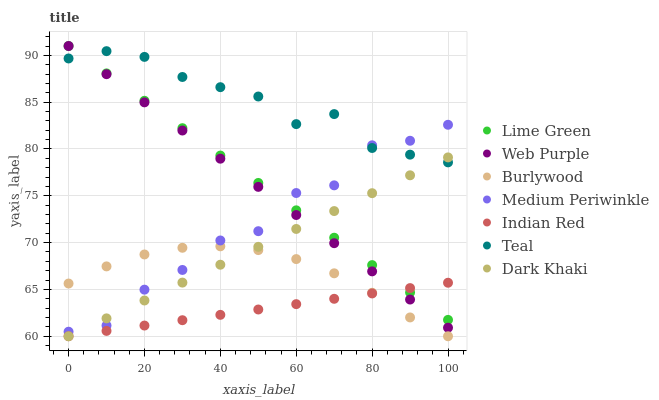
| xaxis_label | Lime Green | Web Purple | Burlywood | Medium Periwinkle | Indian Red | Teal | Dark Khaki |
 | --- | --- | --- | --- | --- | --- | --- | --- |
 | 0 | 91 | 91 | 65.6 | 60.5 | 60 | 89.7 | 60 |
 | 10 | 88.1 | 88 | 67.5 | 61.1 | 60.6 | 90.5 | 61.9 |
 | 20 | 85.1 | 85 | 68.7 | 65 | 61.1 | 89.8 | 63.8 |
 | 30 | 82.2 | 82 | 69.4 | 67.1 | 61.7 | 87.7 | 65.7 |
 | 40 | 79.3 | 79 | 69.6 | 70.2 | 62.3 | 86.6 | 67.6 |
 | 50 | 76.4 | 76 | 69.2 | 71.2 | 62.9 | 85.6 | 69.6 |
 | 60 | 73.4 | 72.9 | 68.2 | 75.3 | 63.4 | 82.7 | 71.5 |
 | 70 | 70.5 | 69.9 | 66.7 | 76.1 | 64 | 83.7 | 73.4 |
 | 80 | 67.6 | 66.9 | 64.6 | 80.4 | 64.6 | 80.1 | 75.3 |
 | 90 | 64.7 | 63.9 | 62 | 80.9 | 65.1 | 79.4 | 77.2 |
 | 100 | 61.7 | 60.9 | 60 | 82.6 | 65.7 | 78.6 | 79.1 |